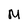
Character: M